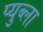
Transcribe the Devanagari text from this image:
प्युब्ला